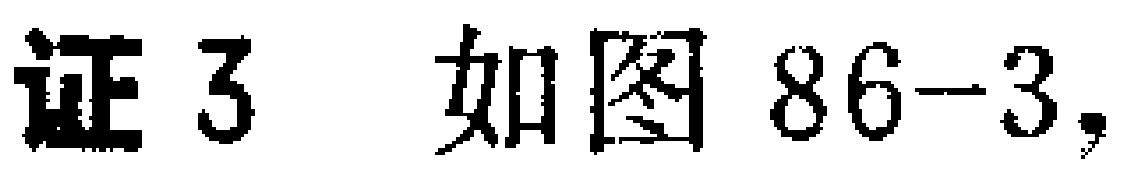
证3 如图86-3,